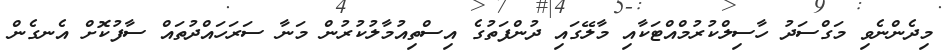
މިދެންނެވި މަގްސަދު ހާސިލްކުރުމްއްޓަކާއި މާލޭގައި ދުންފަތުގެ އިސްތިއުމާލުކުރުން މަނާ ސަރަހައްދުތައް ސާފުކޮށް އެނގެން